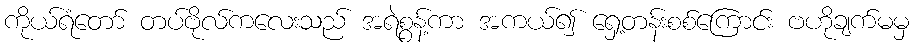
ကိုယ်ရံတော် တပ်ဗိုလ်ကလေးသည် အရဲစွန့်ကာ အကယ်၍ ရှေ့တန်းစစ်ကြောင်း ဗဟိုချက်မမှ